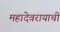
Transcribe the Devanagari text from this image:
महादेवरायाची